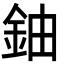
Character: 鈾